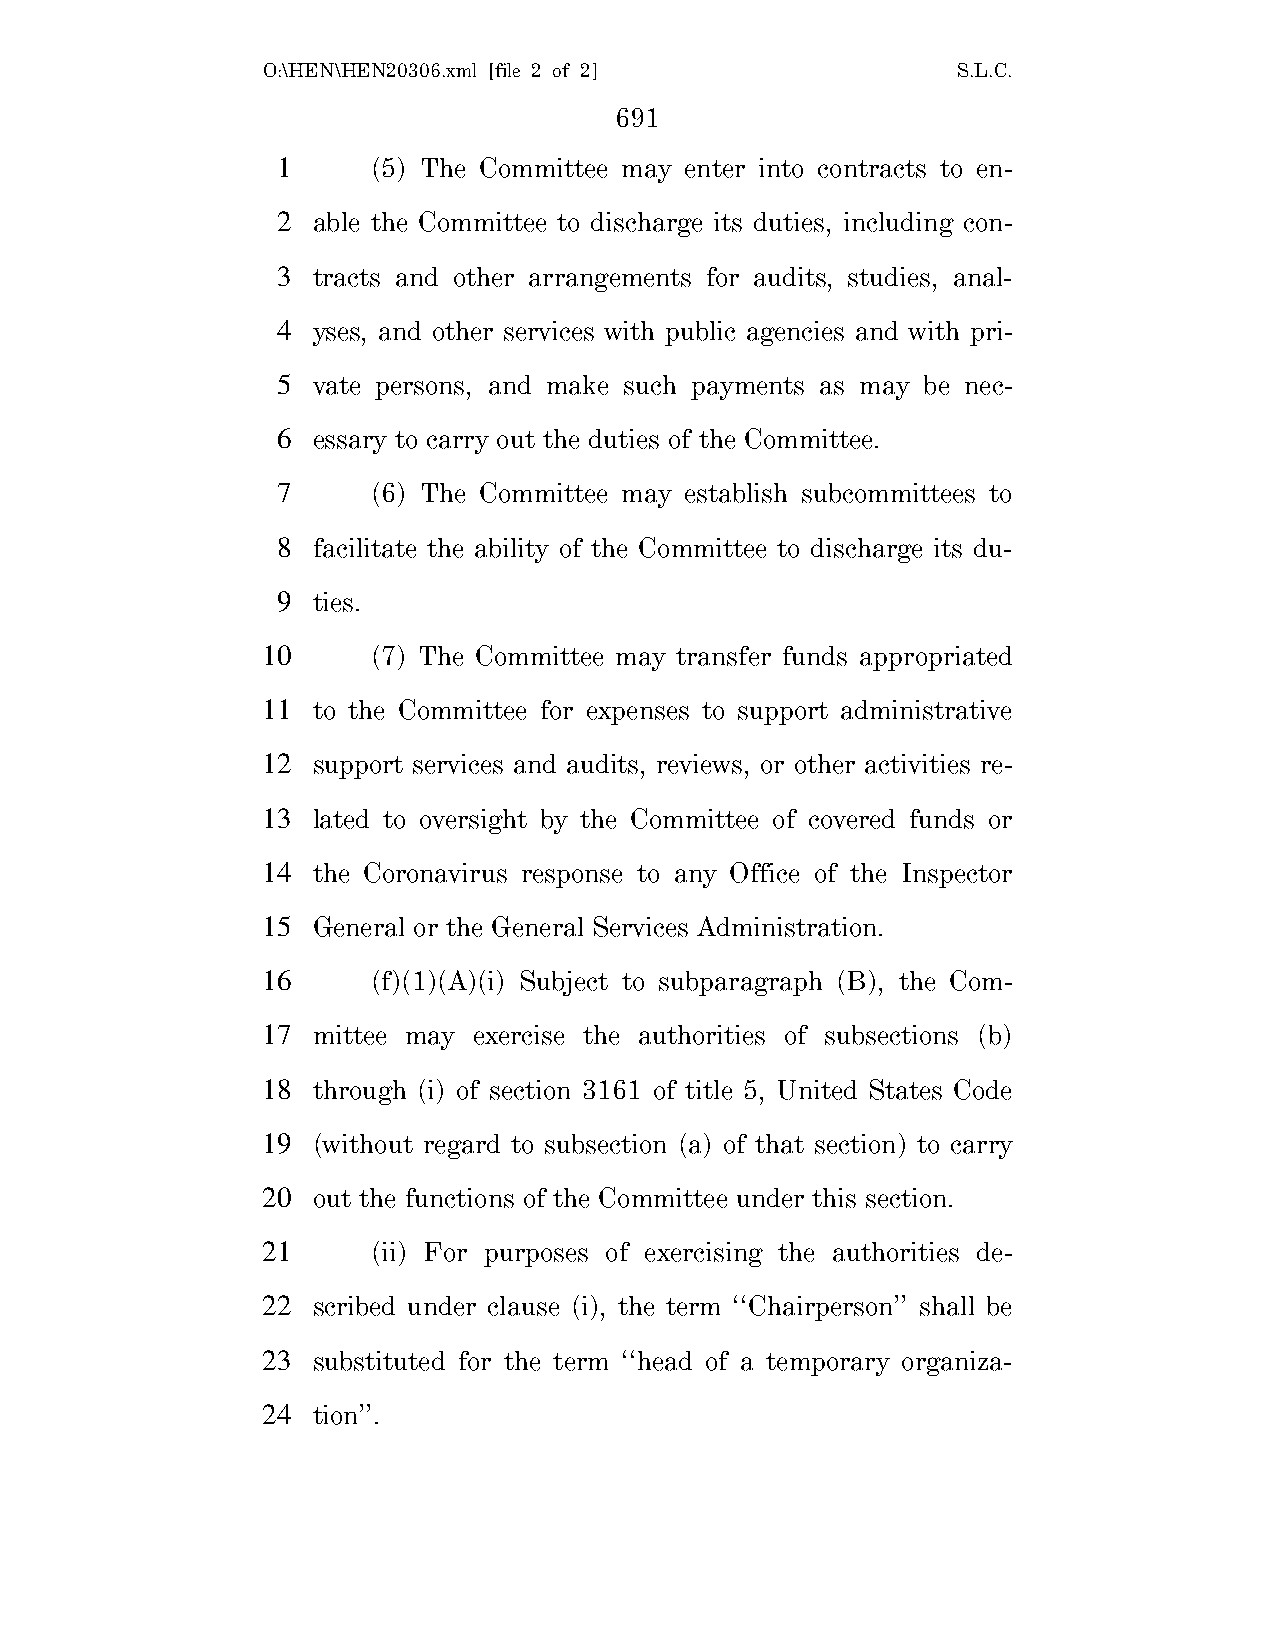
O:\HEN\HEN20306.xml [file 2 of 2]             S.L.C.
 691
 1      (5) The Committee may enter into contracts to en-
 2  able the Committee to discharge its duties, including con-
 3  tracts and other arrangements for audits, studies, anal-
 4  yses, and other services with public agencies and with pri-
 5  vate persons, and make such payments as may be nec-
 6  essary to carry out the duties of the Committee.
 7      (6) The Committee may establish subcommittees to
 8  facilitate the ability of the Committee to discharge its du-
 9  ties.
 10      (7) The Committee may transfer funds appropriated
 11  to the Committee for expenses to support administrative
 12  support services and audits, reviews, or other activities re-
 13  lated to oversight by the Committee of covered funds or
 14  the Coronavirus response to any Office of the Inspector
 15  General or the General Services Administration.
 16      (f)(1)(A)(i) Subject to subparagraph (B), the Com-
 17  mittee may exercise the authorities of subsections (b)
 18  through (i) of section 3161 of title 5, United States Code
 19  (without regard to subsection (a) of that section) to carry
 20  out the functions of the Committee under this section.
 21      (ii) For purposes of exercising the authorities de-
 22  scribed under clause (i), the term ‘‘Chairperson’’ shall be
 23  substituted for the term ‘‘head of a temporary organiza-
 24  tion’’.